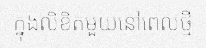
ក្នុងលិខិតមួយនៅពេលថ្មី